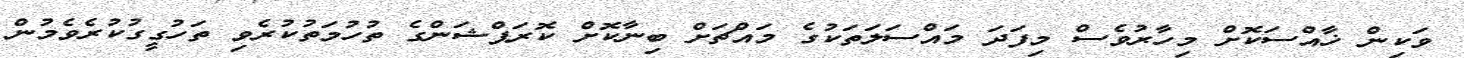
ވަކިން ޚާއްސަކޮށް މިހާރުވެސް މިފަދަ މައްސަލަތަކުގެ މައްޗަށް ބިނާކޮށް ކޮރަޕްޝަންގެ ތުހުމަތުކުރެވި ތަހުގީގުކުރެވެމުން